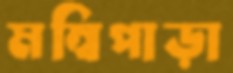
মম্বিপাড়া